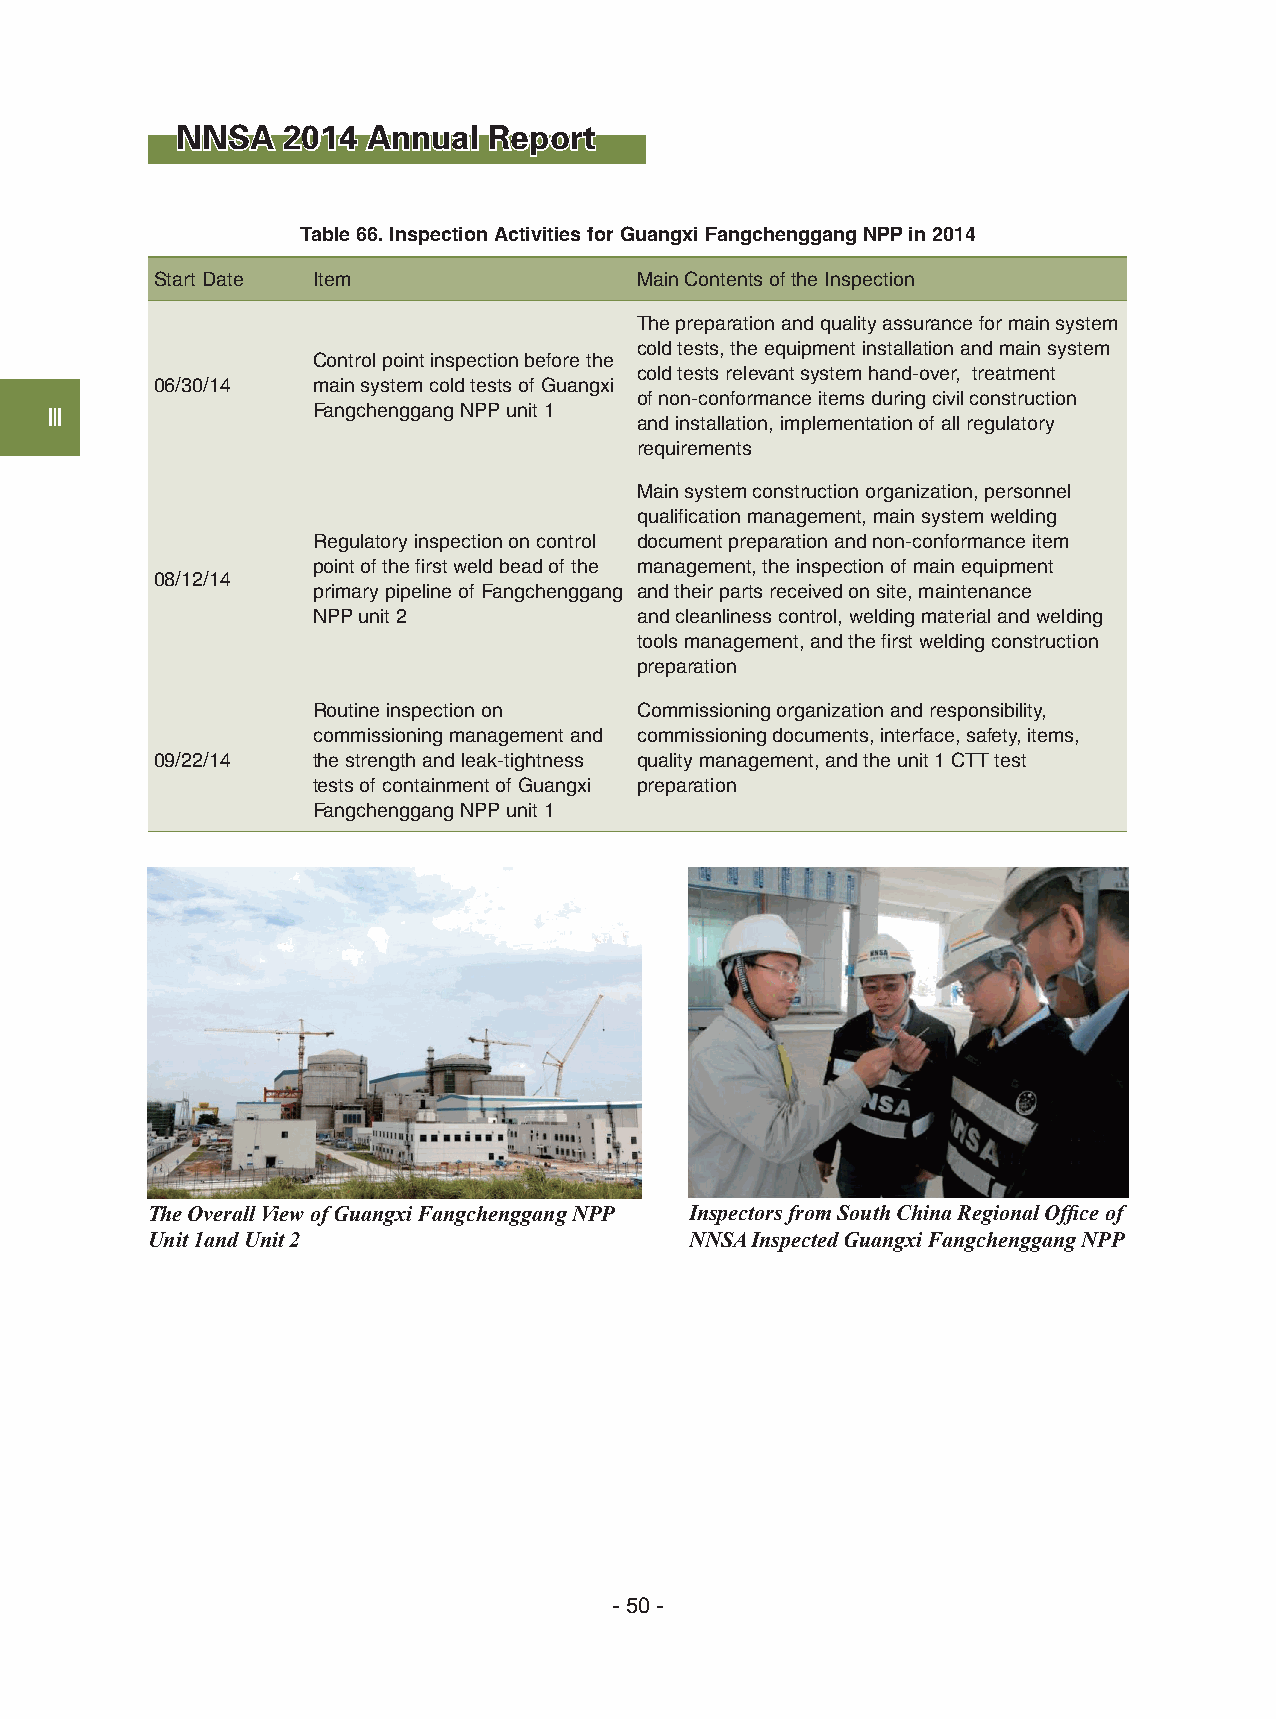
NNSA   2014 Annual  Report
 Table 66. Inspection Activities for Guangxi Fangchenggang NPP in 2014
 Start Date Item                 Main Contents of the Inspection
 The preparation and quality assurance for main system
 cold tests, the equipment installation and main system
 Control point inspection before the
 cold tests relevant system hand-over, treatment
 06/30/14   main system cold tests of Guangxi
 of non-conformance items during civil construction
 Ⅲ                 Fangchenggang NPP unit 1
 and installation, implementation of all regulatory
 requirements
 Main system construction organization, personnel
 qualification management, main system welding
 Regulatory inspection on control document preparation and non-conformance item
 point of the first weld bead of the management, the inspection of main equipment
 08/12/14
 primary pipeline of Fangchenggang and their parts received on site, maintenance
 NPP unit 2           and cleanliness control, welding material and welding
 tools management, and the first welding construction
 preparation
 Routine inspection on Commissioning organization and responsibility,
 commissioning management and commissioning documents, interface, safety, items,
 09/22/14   the strength and leak-tightness quality management, and the unit 1 CTT test
 tests of containment of Guangxi preparation
 Fangchenggang NPP unit 1
 The Overall View of Guangxi Fangchenggang NPP Inspectors from South China Regional Office of
 Unit 1and Unit 2                    NNSA Inspected Guangxi Fangchenggang NPP
 - 50 -